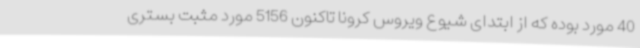
40 مورد بوده که از ابتدای شیوع ویروس کرونا تاکنون 5156 مورد مثبت بستری